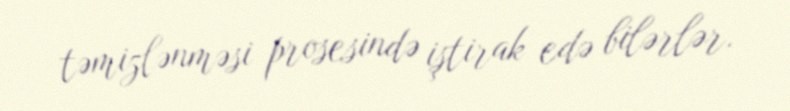
təmizlənməsi prosesində iştirak edə bilərlər.